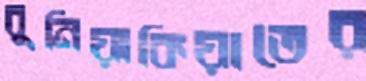
বুনিয়াকিয়াতের